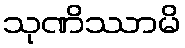
သုဏိဿာမိ